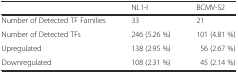
|  | NL1-I | BCMV-S2 |
 | --- | --- | --- |
 | Number of Detected TF Families | 33 | 21 |
 | Number of Detected TFs | 246 (5.26 %) | 101 (4.81 %) |
 | Upregulated | 138 (2.95 %) | 56 (2.67 %) |
 | Downregulated | 108 (2.31 %) | 45 (2.14 %) |